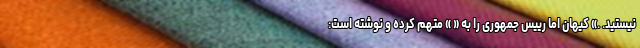
نیستید. .» کیهان اما رییس جمهوری را به « » متهم کرده و نوشته است: